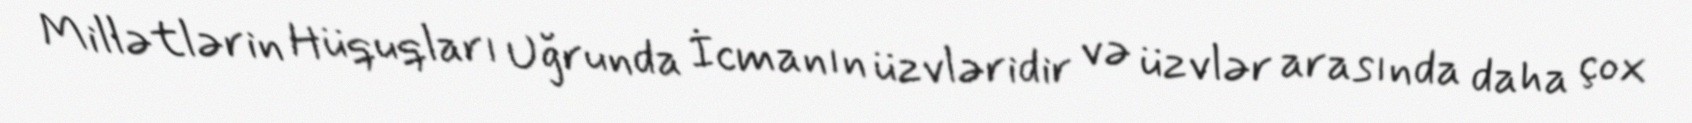
Millətlərin Hüquqları Uğrunda İcmanın üzvləridir və üzvlər arasında daha çox